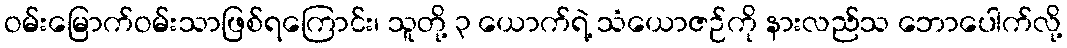
ဝမ်းမြောက်ဝမ်းသာဖြစ်ရကြောင်း၊ သူတို့ ၃ ယောက်ရဲ့ သံယောဇဉ်ကို နားလည်သ ဘောပေါက်လို့